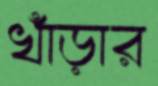
খাঁড়ার